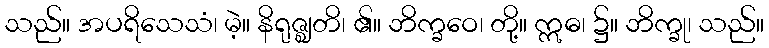
သည်။ အပရိသေသံ၊ မဲ့။ နိရုဇ္ဈတိ၊ ၏။ ဘိက္ခဝေ၊ တို့။ ဣဓ၊ ၌။ ဘိက္ခု၊ သည်။